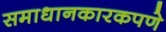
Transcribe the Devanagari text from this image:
समाधानकारकपणे